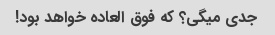
جدی میگی؟ که فوق العاده خواهد بود!